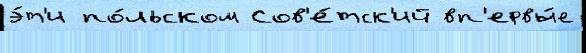
э́т'и по́льском Сов'е́тск'ий вп'ервы́е